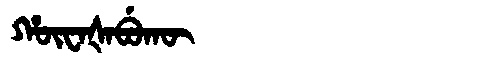
Manchu: ᡥᡡᠸᠠᡧᠠᠪᡠᡴᡡ
Romanization: HŪWAŠABUKŪ